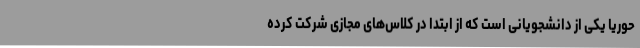
حوریا یکی از دانشجویانی است که از ابتدا در کلاس‌های مجازی شرکت کرده